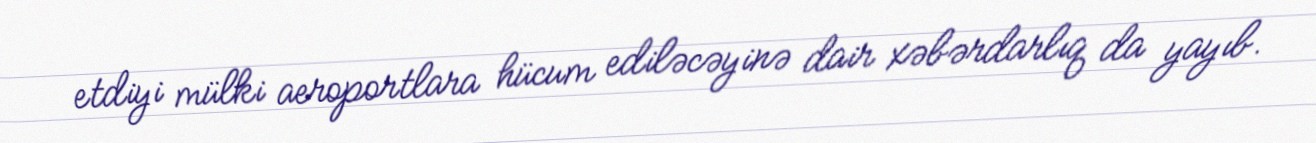
etdiyi mülki aeroportlara hücum ediləcəyinə dair xəbərdarlıq da yayıb.